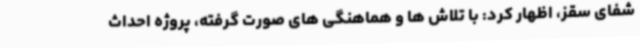
شفای سقز، اظهار کرد: با تلاش ها و هماهنگی های صورت گرفته، پروژه احداث